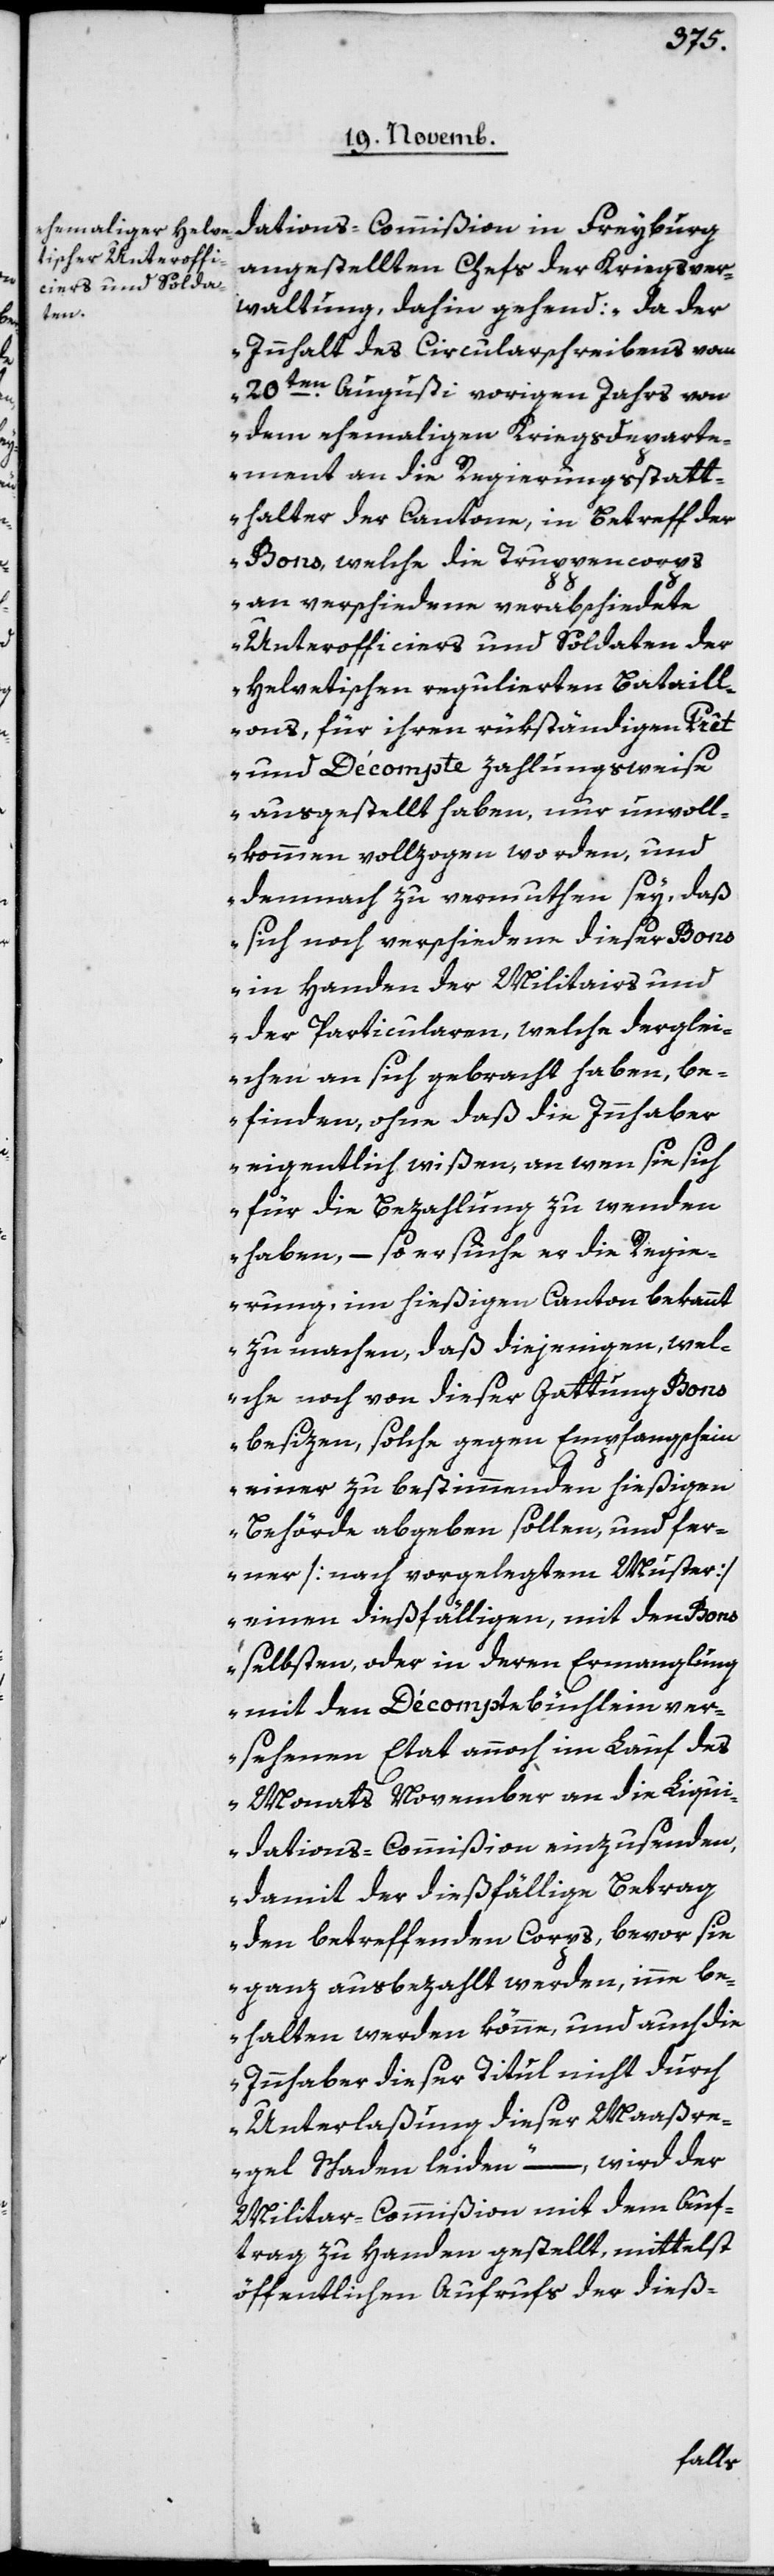
angestellten Chefs der Kriegsver¬
waltung, dahin gehend: „da der
Innhalt des Cirkularschreibens vom
20ten Augusti vorigen Jahrs von
dem ehemaligen Kriegsdeparte¬
ment an die Regierungsstatt¬
halter der Cantone, in Betreff der
Bons, welche die Truppencorps
an verschiedene verabschiedete
Unterofficiers und Soldaten der
helvetischen regulierten Bataill¬
ons, für ihren rükständigen Prêt
und Décompte zahlungsweise
ausgestellt haben, nur unvoll¬
kommen vollzogen worden, und
demnach zu vermuthen sey, daß
sich noch verschiedene dieser Bons
in Handen der Militairs und
der Particularen, welche derglei¬
chen an sich gebracht haben, be¬
finden, ohne daß die Innhaber
eigentlich wißen, an wen sie sich
für die Bezahlung zu wenden
haben, – so ersuche er die Regie¬
rung, im hießigen Canton bekannt
zu machen, daß diejenigen, wel¬
che noch von dieser Gattung Bons
besizen, solche gegen Empfangsschein
einer zu bestimmenden hießigen
Behörde abgeben sollen, und fer¬
ner [nach vorgelegtem Muster]
einen dießfälligen, mit den Bons
selbsten oder in deren Ermanglung
mit dem Décomptebüchlein ver¬
sehenen Etat annoch im Lauf des
Monats November an die Liqui¬
dations-Commißion einzusenden,
damit der dießfällige Betrag
den betreffenden Corps, bevor sie
ganz ausbezahlt werden, inne be¬
halten werden könne, und auch die
Innhaber dieser Titul nicht durch
Unterlaßung dieser Maaßre¬
gel Schaden leiden“ –, wird der
Militair-Commißion mit dem Auf¬
trag zu Handen gestellt, mittelst
öffentlichen Aufrufs der dieß-